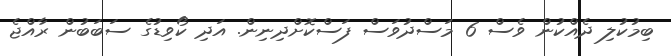
ބިމުކުލި ދެއްކުން ވެސް 6 މަސްދުވަސް ފަސްކޮށްދިނިން. އަދި ކޯވިޑުގެ ސަބަބުން ރާއްޖެ